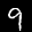
Label: 9